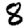
Digit: 8